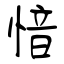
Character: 愔